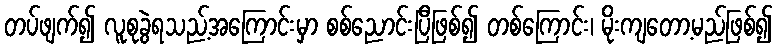
တပ်ဖျက်၍ လူစုခွဲရသည့်အကြောင်းမှာ စစ်ညောင်းပြီဖြစ်၍ တစ်ကြောင်း၊ မိုးကျတော့မည်ဖြစ်၍